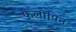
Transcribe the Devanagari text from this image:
फैलोपिन